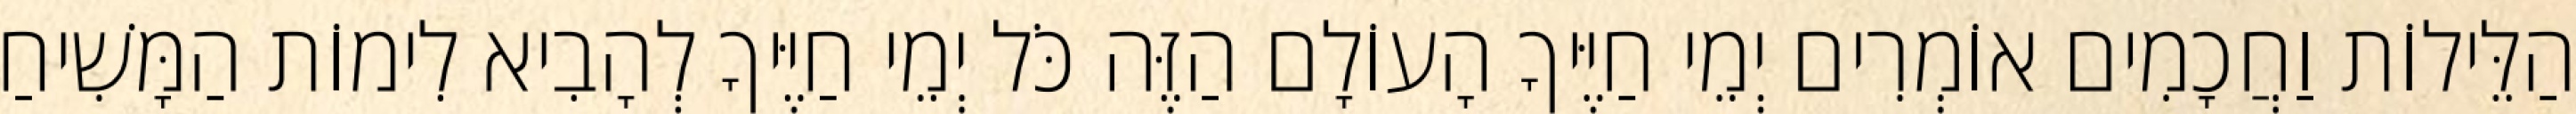
הַלֵּילוֹת וַחֲכָמִים אוֹמְרִים יְמֵי חַיֶּיךָ הָעוֹלָם הַזֶּה כֹּל יְמֵי חַיֶּיךָ לְהָבִיא לִימוֹת הַמָּשִׁיחַ